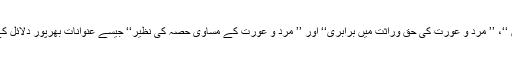
یہاں ’’عورت کا حصہ تقسیم وراثت کی اکائی ہے ‘‘، ’’ میراث میں حصوں کے تعین کی بنیاد جنس نہیں ‘‘، ’’ مرد و عورت کی حق وراثت میں برابری‘‘ اور ’’ مرد و عورت کے مساوی حصہ کی نظیر‘‘ جیسے عنوانات بھرپور دلائل کے ساتھ شامل کیے گئے ہیں، جو قاری کو اسلام کی مساوات پر مبنی تعلیمات سے روشناس کراتے ہیں۔